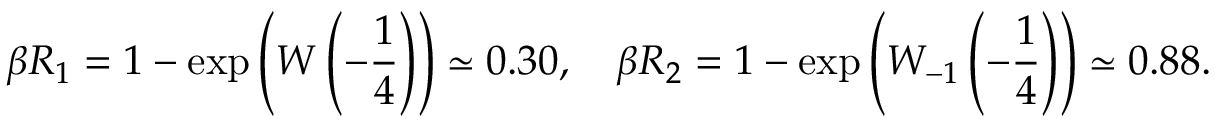
\beta R _ { 1 } = 1 - \exp \left( W \left( - \frac { 1 } { 4 } \right) \right) \simeq 0 . 3 0 , ~ ~ ~ \beta R _ { 2 } = 1 - \exp \left( W _ { - 1 } \left( - \frac { 1 } { 4 } \right) \right) \simeq 0 . 8 8 .